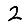
Digit: 2